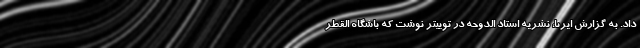
داد. به گزارش ایرنا، نشریه استاد الدوحه در توییتر نوشت که باشگاه القطر